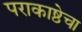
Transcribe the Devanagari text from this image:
पराकाष्ठेचा